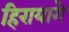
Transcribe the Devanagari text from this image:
हिरायागे